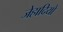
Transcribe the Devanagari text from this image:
जेहादियो